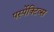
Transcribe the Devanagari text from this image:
पर्स्पेक्टिव्स